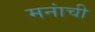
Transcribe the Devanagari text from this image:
मनांची